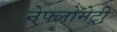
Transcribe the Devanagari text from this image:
नेफ्लोमेट्री